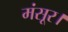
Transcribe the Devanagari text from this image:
मंसूर।